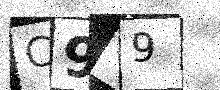
Text: C949